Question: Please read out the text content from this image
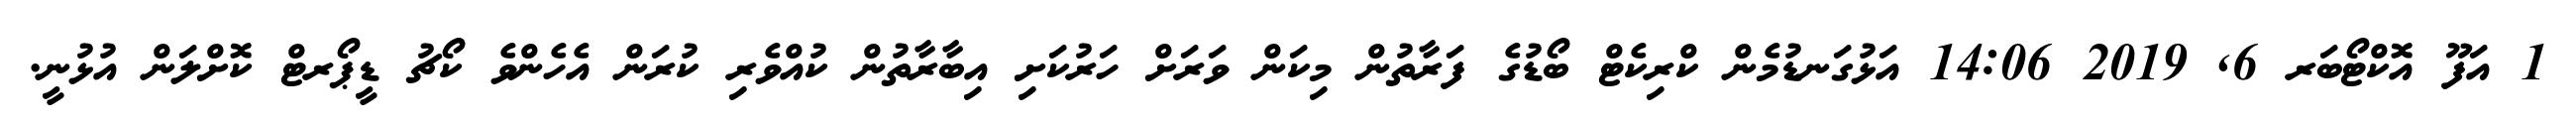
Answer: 1 އަފޫ އޮކްޓޯބަރ 6, 2019 14:06 އަޅުގަނޑުމެން ކްރިކެޓް ބޯޑުގެ ފަރާތުން މިކަން ވަރަށް ހަރުކަށި އިބާރާތުން ކުއްވެރި ކުރަން އެހެންވެ ކޯޗު ޑީޕޯރޓް ކޮށްލަން އުޅުނީ.